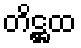
တိဋ္ဌထ